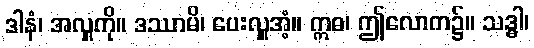
ဒါနံ၊ အလှူကို။ ဒဿာမိ၊ ပေးလှူအံ့။ ဣဓ၊ ဤလောက၌။ သဒ္ဓါ၊